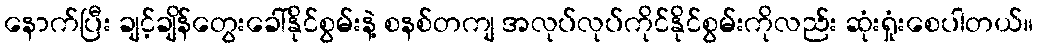
နောက်ပြီး ချင့်ချိန်တွေးခေါ်နိုင်စွမ်းနဲ့ စနစ်တကျ အလုပ်လုပ်ကိုင်နိုင်စွမ်းကိုလည်း ဆုံးရှုံးစေပါတယ်။